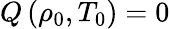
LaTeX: Q\left(\rho_{0},T_{0}\right)=0